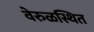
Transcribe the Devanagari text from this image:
वेरुळस्थित